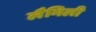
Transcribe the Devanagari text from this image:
लैमिली